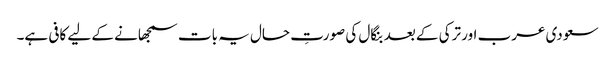
سعودی عرب اور ترکی کے بعد بنگال کی صورتِ حال یہ بات سمجھانے کے لیے کافی ہے۔